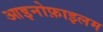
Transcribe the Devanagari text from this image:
आइनोफ़ाइलम